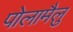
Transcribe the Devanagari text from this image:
पोलामैलु